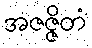
အဇဇ္ဇိတံ